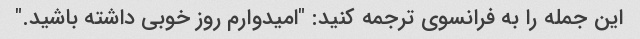
این جمله را به فرانسوی ترجمه کنید: "امیدوارم روز خوبی داشته باشید."